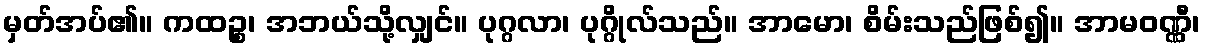
မှတ်အပ်၏။ ကထဉ္စ၊ အဘယ်သို့လျှင်။ ပုဂ္ဂလာ၊ ပုဂ္ဂိုလ်သည်။ အာမော၊ စိမ်းသည်ဖြစ်၍။ အာမဝဏ္ဏီ၊